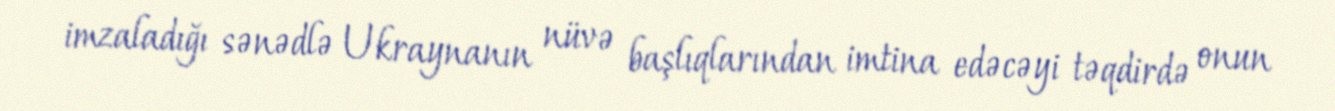
imzaladığı sənədlə Ukraynanın nüvə başlıqlarından imtina edəcəyi təqdirdə onun